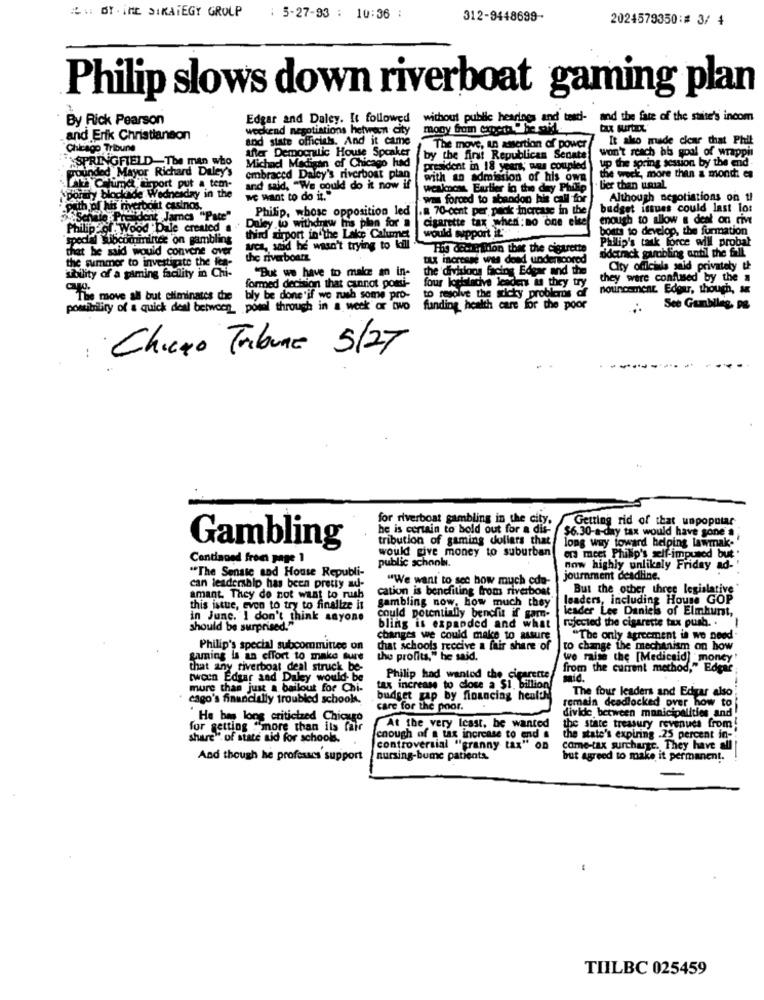
:\ \: BY THE STRATEGY GROUP
: 5-27-93 : 10:36 :
312-9448699-
2024579350:# 3/ 4
Philip slows down riverboat gaming plan
By Rick Pearson
Edgar and Daley. It followed
without public hearings and tasd- and the fate of the suite's incom
weckend negotiations hetwern city
mooy from expertWherepi
and Erik Christianson
and state officials. And it came
It also made clear chat Phil
Chicago Tribune
After Democnulic House Speaker
The move, an assertion of power
won't reach his goal of wrappin
SPRINGFIELD The man who
by the first Republican Senate
ounded Mayor Richard Daley's
Michael Madigan of Chicago had
president in 18 years; was coupled
up the spring session by the end-
embraced Daley's riverboat plan
with an admission of his own
the work, more than & mondi es
A Chima Leport put a tem-
and said, "We could do it now if
weakness Earlier in the day Philip
Bier than usual
porary blockide Wednesday in the
we want to do it."
was forced to abandon his call for
Although negotiations on t!
path of his riverbout casinos,
Philip, whose opposition led
.8 70-cent per pack increase in the
budget issues could last lo:
en James "Pate"
moush to allow a deal on riv
Philip of Wood Dale created a
Daley wo withdrew Is plan for
cigarette tax when:no one else
bott to develop, the formation
"special wibcominintes on gambling
third airport in the Lake Calumet
would support it-
Philip's task force will probal
that he said would convene over
arca, wod he wasn't trying to kill
The dech aidon that the cigarette
the summer to investigate the fea-
the riverboat
TAX increase was dend underscored
sidetrack gambling until the fall
ability of a gaming facility in Chi-
the divisions facing Edgar and the
City officials said privately the
"But we have to make an in-
four loplatacive leaders as they try
they were confused by the a
formed decision that cannot ponti-
to resolve the sticky problems of
nouncoment Edgar, though,
The move all but eliminates che
bly be done'if we rush some pro-
possibility of a quick deal between_ posel through in a week or two
funding health care for the poor
See Gambileg, pe
Chicco Tribune 5/27
for riverboat gambling in the city.
Getting rid of that unpopular
he is certain to bold out for a dis-
$6.30-a-day tax would have gone'a
tribution of gaming dollars that
long way toward helping lawmak."
Gambling
would give money to suburban
ors meet Philip's self-impused but .
Continued from page 1
"The Senate and House Republi-
public schools.
now highly unlikely Friday ad-
"We want to see how much cdo-
journment deadline.
can leadership has been pretiy ad-
cation is benefiting from riverboat
But the other three legislative"
amant. They do not want to rush
leaders, including House GOP
this istue, even to try to finalize it
gambling now, how much they
leader Lee Daniels of Elmhurst,
in June. I don't think anyone
could potentially benefit if gam-
should be surprised."
bling is expanded and what
rejected the cigarette tax push. . I
changes we could make to assure
"The only agreement is we need
Philip's special subcommittee on
chat schools receive a fair share of
to change the mechanism on how
gaming is an effort to make sure
the profits," he said.
we raise the [Medicaid] money
that any riverboat deal struck be-
from the current method," Edgar
twoen Edgar and Daley would- be
Philip had wanted the cigarette
mid.
mure than just a bailout for Chi-
tax increase to close a Si. billion
The four leaders and Edgar also
csgo's financially troubled schools.
budget gap by financing health
remain deadlocked over how to
care for the poor.
divide between municipalities and
" He be long criticized Chicago
for getting "more than its fair
At the very Icast, be wanted
the state treasury revenues from!
share". of state aid for schools.
enough of a tax increase to end &
the state's expiring .25 percent in-
controversial "granny tax" OD
come-tax surcharge. They have all
And though he professcs support
nursing-bume patients
but agreed to make it permanent.
TIILBC 025459